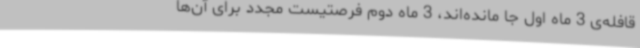
قافله‌ی 3 ماه اول جا مانده‌اند، 3 ماه دوم فرصتیست مجدد برای آن‌ها